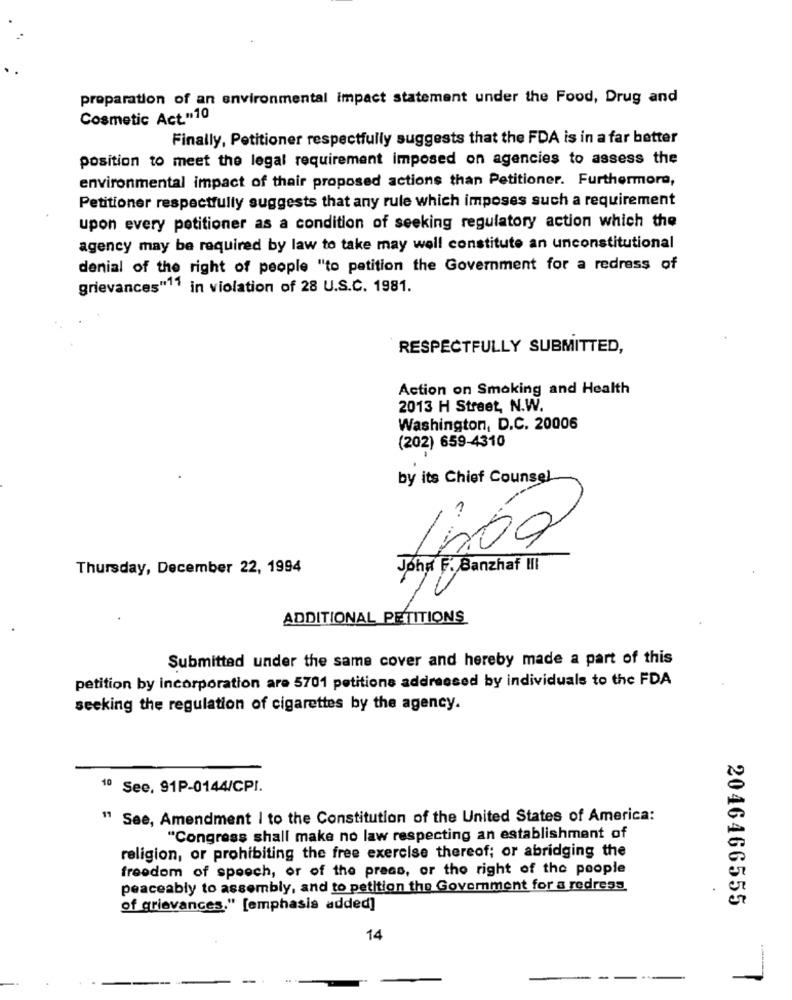
preparation of an environmental impact statement under the Food, Drug and
Cosmetic Act."10
Finally, Petitioner respectfully suggests that the FDA is in a far better
position to meet the legal requirement imposed on agencies to assess the
environmental impact of thair proposed actions than Petitioner. Furthermore,
Petitioner respectfully suggests that any rule which imposes such a requirement
upon every petitioner as a condition of seeking regulatory action which the
agency may be required by law to take may well constitute an unconstitutional
denial of the right of people "to petition the Government for a redress of
grievances"11 in violation of 28 U.S.C. 1981.
RESPECTFULLY SUBMITTED,
Action on Smoking and Health
2013 H Street, N.W.
Washington, D.C. 20006
(202) 659-4310
by its Chief Counsel
1000
Thursday, December 22, 1994
John F. Banzhaf III
ADDITIONAL PETITIONS
Submitted under the same cover and hereby made a part of this
petition by incorporation are 5701 petitione addressed by individuals to the FDA
seeking the regulation of cigarettes by the agency.
10 See, 91P-0144/CPI.
" See, Amendment I to the Constitution of the United States of America:
"Congress shall make no law respecting an establishment of
religion, or prohibiting the free exercise thereof; or abridging the
freedom of speech, or of the press, or the right of the people
peaceably to assembly, and to petition the Government for a redress
2046466555
of grievances." [emphasis added]
14
-